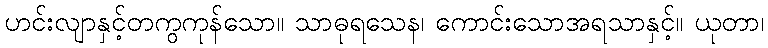
ဟင်းလျာနှင့်တကွကုန်သော။ သာဓုရသေန၊ ကောင်းသောအရသာနှင့်။ ယုတာ၊